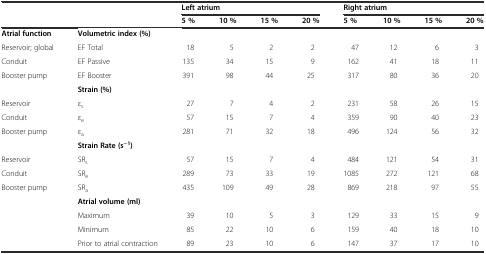
|  |  | <COLSPAN=4> Left atrium | <COLSPAN=4> Right atrium |
 |  |  | 5 % | 10 % | 15 % | 20 % | 5 % | 10 % | 15 % | 20 % |
 | --- | --- | --- | --- | --- | --- | --- | --- | --- | --- |
 | Atrial function | Volumetric index (%) |  |  |  |  |  |  |  |  |
 | Reservoir; global | EF Total | 18 | 5 | 2 | 2 | 47 | 12 | 6 | 3 |
 | Conduit | EF Passive | 135 | 34 | 15 | 9 | 162 | 41 | 18 | 11 |
 | Booster pump | EF Booster | 391 | 98 | 44 | 25 | 317 | 80 | 36 | 20 |
 |  | Strain (%) |  |  |  |  |  |  |  |  |
 | Reservoir | εs | 27 | 7 | 4 | 2 | 231 | 58 | 26 | 15 |
 | Conduit | εe | 57 | 15 | 7 | 4 | 359 | 90 | 40 | 23 |
 | Booster pump | εa | 281 | 71 | 32 | 18 | 496 | 124 | 56 | 32 |
 |  | Strain Rate (s−1) |  |  |  |  |  |  |  |  |
 | Reservoir | SRs | 57 | 15 | 7 | 4 | 484 | 121 | 54 | 31 |
 | Conduit | SRe | 289 | 73 | 33 | 19 | 1085 | 272 | 121 | 68 |
 | Booster pump | SRa | 435 | 109 | 49 | 28 | 869 | 218 | 97 | 55 |
 |  | Atrial volume (ml) |  |  |  |  |  |  |  |  |
 |  | Maximum | 39 | 10 | 5 | 3 | 129 | 33 | 15 | 9 |
 |  | Minimum | 85 | 22 | 10 | 6 | 159 | 40 | 18 | 10 |
 |  | Prior to atrial contraction | 89 | 23 | 10 | 6 | 147 | 37 | 17 | 10 |